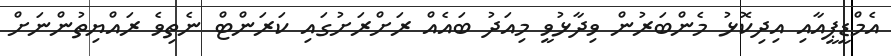
އެމްޑީޕީއާއި އިދިކޮޅު މެންބަރުން ވިދާޅުވީ މިއަދު ބައެއް ރަށްރަށުގައި ކަރަންޓް ނެތިވެ ރައްޔިތުންނަށް